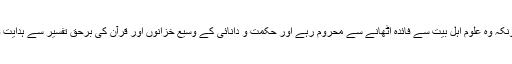
اس سے خود اُن کو بہت بڑا نقصان ہوا کیونکہ وہ علومِ اہلِ بیت سے فائدہ اٹھانے سے محروم رہے اور حکمت و دانائی کے وسیع خزانوں اور قرآن کی برحق تفسیر سے ہدایت و رہنمائی حاصل کرنے سے قاصر رہے۔